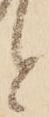
と